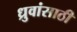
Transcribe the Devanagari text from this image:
ध्रुवांसाठी